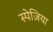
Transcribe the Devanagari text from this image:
स्पेज़िया